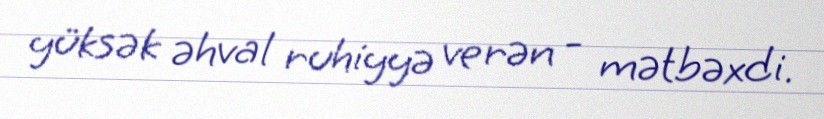
yüksək əhval ruhiyyə verən - mətbəxdi.